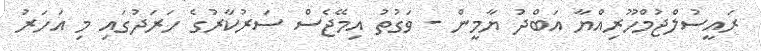
ރައީސުލްޖުމްހޫރިއްޔާ އަބްދު ޔާމީން - ވަގުތު އިމޭޖެސް ސަރުކާރުގެ ހަރަދުގައި މި އަހަރު